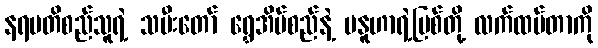
နရပတိစည်သူရဲ့ သမီးတော် ရွှေအိမ်စည်နဲ့ မနူဟာရဲ့မြစ်တို့ လက်ထပ်တာကို